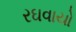
રઘવાયો